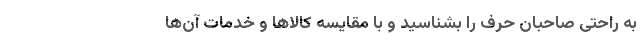
به راحتی صاحبان حِرَف را بشناسید و با مقایسه کالاها و خدمات آن­ها